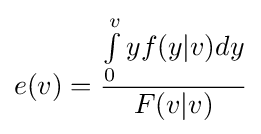
e(v)={\frac {\int \limits _{0}^{v}{}yf(y|v)dy}{F(v|v)}}